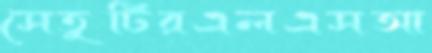
সেতুটিরএলএসআ